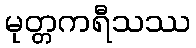
မုတ္တကရီသဿ